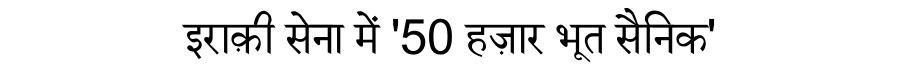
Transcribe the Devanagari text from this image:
इराक़ी सेना में '50 हज़ार भूत सैनिक'